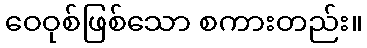
ဝေဝုစ်ဖြစ်သော စကားတည်း။